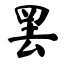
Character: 罢